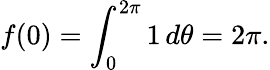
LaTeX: f(0)=\int_{0}^{2\pi}1\, d\theta=2\pi.